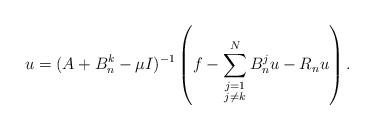
LaTeX: \begin{align*}u=(A+B^k_n-\mu I)^{-1}\left(f-\sum_{\substack{j=1\\j\neq k}}^NB^j_nu-R_nu\right).\end{align*}